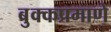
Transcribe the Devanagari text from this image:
बुक्कप्रमाणे